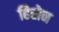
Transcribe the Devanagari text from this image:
हिरोन